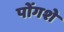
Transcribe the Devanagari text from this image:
पोंगशे